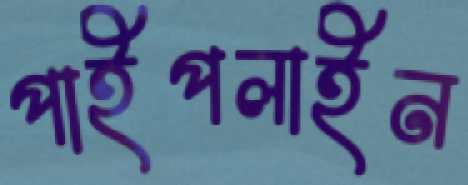
পাইপলাইন